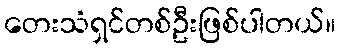
တေးသံရှင်တစ်ဦးဖြစ်ပါတယ်။